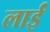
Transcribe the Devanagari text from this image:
लाईं